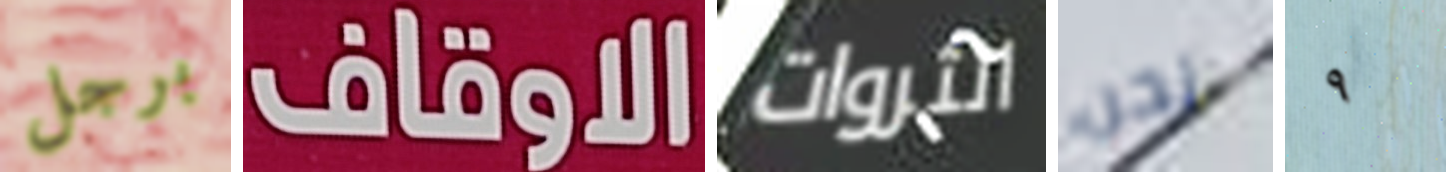
برجل الاوقاف الثروات نحن ٩